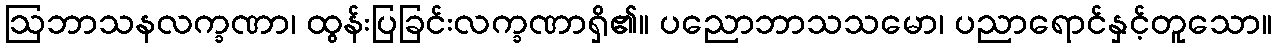
ဩဘာသနလက္ခဏာ၊ ထွန်းပြခြင်းလက္ခဏာရှိ၏။ ပညောဘာသသမော၊ ပညာရောင်နှင့်တူသော။